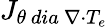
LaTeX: {J}_{\theta\ dia\ \nabla\cdot T_{e}}